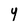
Character: 4